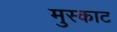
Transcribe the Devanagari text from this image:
मुस्काट